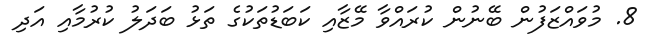
8. މުވައްޒަފުން ބޭނުން ކުރައްވާ މޭޒާއި ކަބަޑުތަކުގެ ތަޅު ބަދަލު ކުރުމާއި އަދި